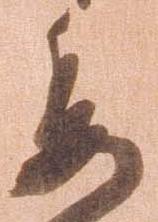
委